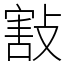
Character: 㪡